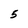
Character: 5